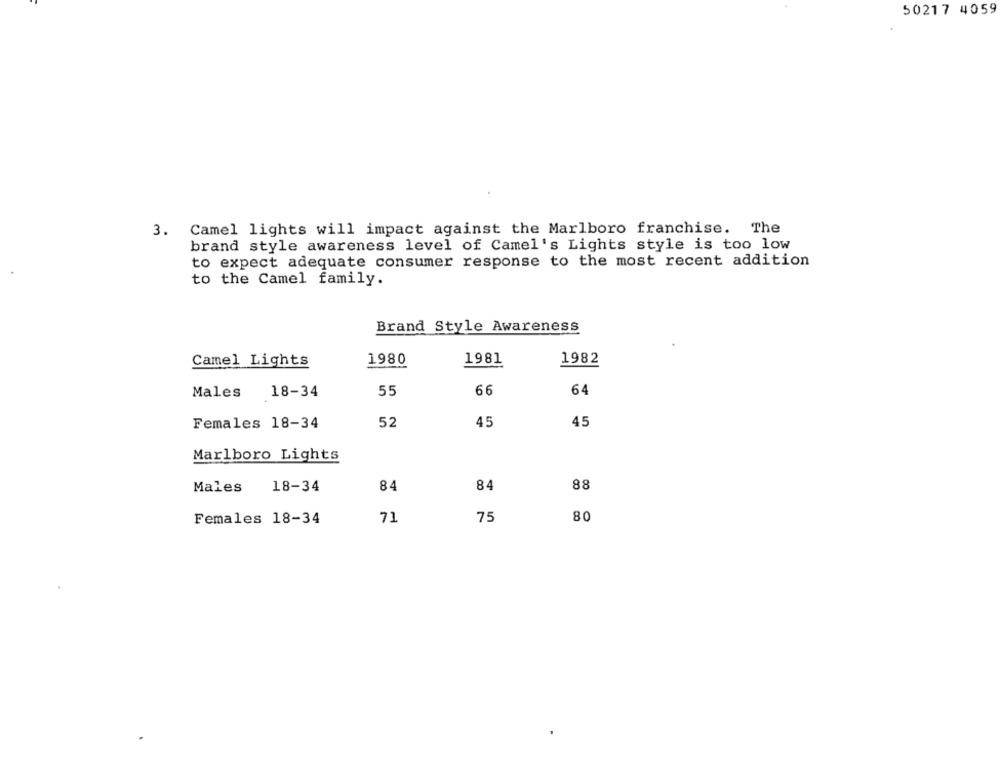
50217 4059
Camel lights will impact against the Marlboro franchise. The
3.
brand style awareness level of Camel's Lights style is too low
to expect adequate consumer response to the most recent addition
to the Camel family.
Brand Style Awareness
Camel Lights
1980
1981
1982
55
66
64
Males
18-34
52
45
45
Females 18-34
Marlboro Lights
88
Males
18-34
84
84
Females 18-34
71
75
80